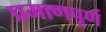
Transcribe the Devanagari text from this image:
प्रमाणपूर्ण